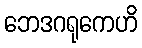
ဘေဒဂရုကေဟိ